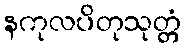
နကုလပိတုသုတ္တံ